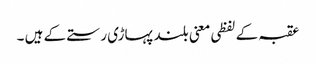
عقبہ کے لفظی معنی بلند پہاڑی رستے کے ہیں ۔